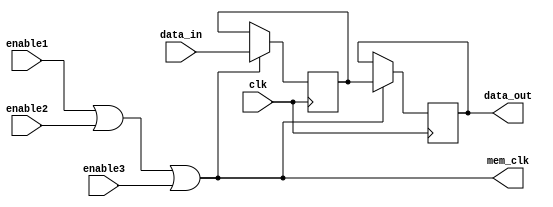
module clock_gating_memory_block (
    input wire clk,            // System clock
    input wire enable1,       // Enable signal 1
    input wire enable2,       // Enable signal 2
    input wire enable3,       // Enable signal 3 (optional)
    input wire [7:0] data_in, // Data input for the memory block
    output reg [7:0] data_out, // Data output from the memory block
    output reg mem_clk        // Gated clock for the memory block
);

// Memory block (simple register for demonstration)
reg [7:0] memory [0:15]; // 16 x 8-bit memory

// Clock gating logic
always @(*) begin
    // OR gate logic for enable signals
    mem_clk = enable1 | enable2 | enable3; // Combine enable signals
end

// Memory block operation
always @(posedge clk) begin
    if (mem_clk) begin
        // Example operation: write data to memory on a gated clock
        // Here we assume a write operation on a specific address
        memory[0] <= data_in; // Write data to memory address 0
        data_out <= memory[0]; // Read data from memory address 0
    end
end

endmodule